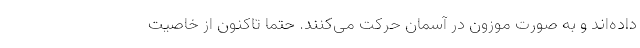
داده‌اند و به صورت موزون در آسمان حرکت می‌کنند. حتماً تاکنون از خاصیت